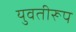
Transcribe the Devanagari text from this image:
युवतीरूप